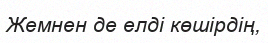
Жемнен де елді көшірдің,